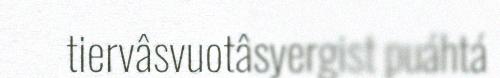
tiervâsvuotâsyergist puáhtá